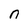
Character: n